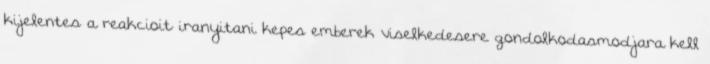
kijelentes a reakcioit iranyitani kepes emberek viselkedesere gondolkodasmodjara kell